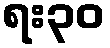
ရး၃၀